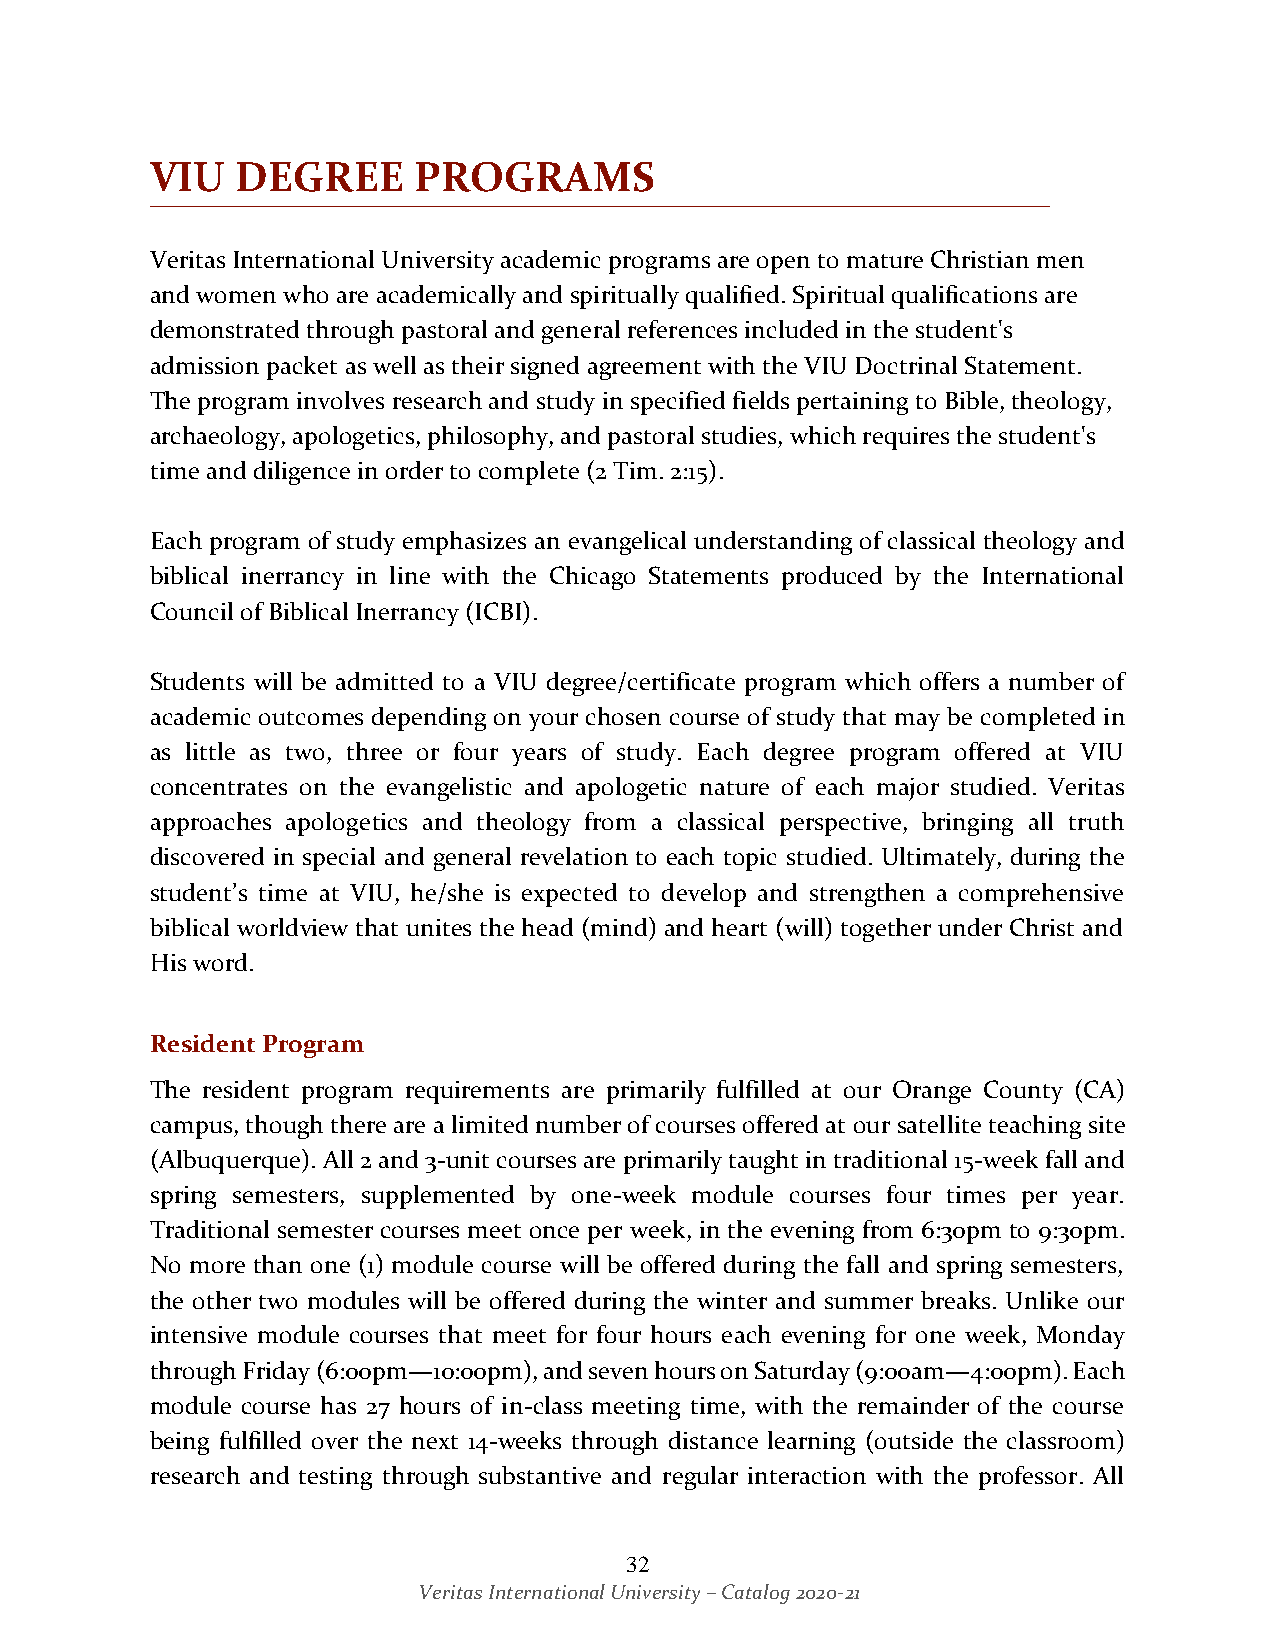
VIU   DEGREE     PROGRAMS
 Veritas International University academic programs are open to mature Christian men
 and women who are academically and spiritually qualified. Spiritual qualifications are
 demonstrated through pastoral and general references included in the student's
 admission packet as well as their signed agreement with the VIU Doctrinal Statement.
 The program involves research and study in specified fields pertaining to Bible, theology,
 archaeology, apologetics, philosophy, and pastoral studies, which requires the student's
 time and diligence in order to complete (2 Tim. 2:15).
 Each program of study emphasizes an evangelical understanding of classical theology and
 biblical inerrancy in line with the Chicago Statements produced by the International
 Council of Biblical Inerrancy (ICBI).
 Students will be admitted to a VIU degree/certificate program which offers a number of
 academic outcomes depending on your chosen course of study that may be completed in
 as little as two, three or four years of study. Each degree program offered at VIU
 concentrates on the evangelistic and apologetic nature of each major studied. Veritas
 approaches apologetics and theology from a classical perspective, bringing all truth
 discovered in special and general revelation to each topic studied. Ultimately, during the
 student’s time at VIU, he/she is expected to develop and strengthen a comprehensive
 biblical worldview that unites the head (mind) and heart (will) together under Christ and
 His word.
 Resident Program
 The resident program requirements are primarily fulfilled at our Orange County (CA)
 campus, though there are a limited number of courses offered at our satellite teaching site
 (Albuquerque). All 2 and 3-unit courses are primarily taught in traditional 15-week fall and
 spring semesters, supplemented by one-week module courses four times per year.
 Traditional semester courses meet once per week, in the evening from 6:30pm to 9:30pm.
 No more than one (1) module course will be offered during the fall and spring semesters,
 the other two modules will be offered during the winter and summer breaks. Unlike our
 intensive module courses that meet for four hours each evening for one week, Monday
 through Friday (6:00pm—10:00pm), and seven hours on Saturday (9:00am—4:00pm). Each
 module course has 27 hours of in-class meeting time, with the remainder of the course
 being fulfilled over the next 14-weeks through distance learning (outside the classroom)
 research and testing through substantive and regular interaction with the professor. All
 32
 Veritas International University – Catalog 2020-21